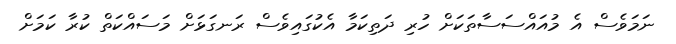
ނަމަވެސް އެ މުއައްސަސާތަކަށް ހުރި ދަތިކަމާ އެކުގައިވެސް ރަނގަޅަށް މަސައްކަތް ކުރާ ކަމަށް